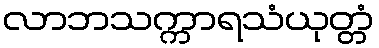
လာဘသက္ကာရသံယုတ္တံ